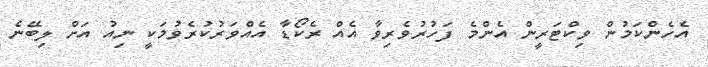
އެހެންކަމުން ވިކްޓަރީން އެންމެ ފަހުރުވެރިވާ އެއް ރެކޯޑާ އެއްވަރުކުރެވުމަކީ ނިއު އަށް ލިބޭނެ